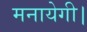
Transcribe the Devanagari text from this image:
मनायेगी।